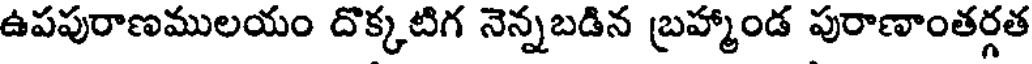
ఉపపురాణములయం దొక్కటిగ నెన్నబడిన బ్రహ్మాండ పురాణాంతర్గత